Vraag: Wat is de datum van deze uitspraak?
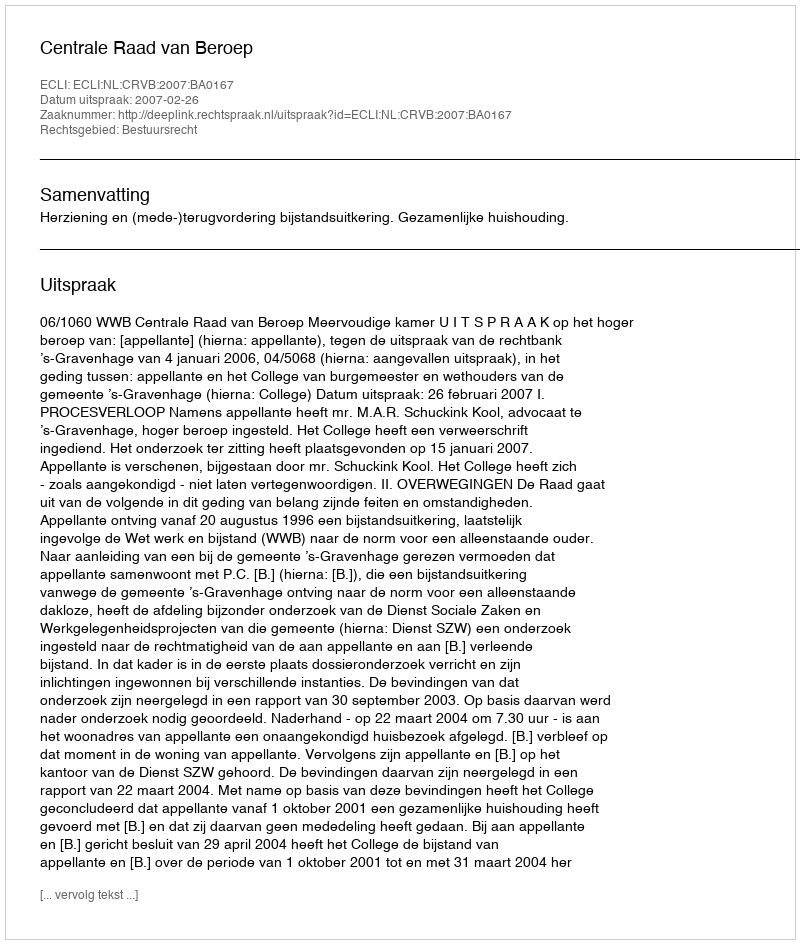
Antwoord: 2007-02-26